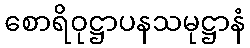
စောရိဝုဋ္ဌာပနသမုဋ္ဌာနံ